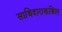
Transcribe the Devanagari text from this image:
साथिदाराकडिल